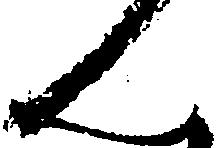
ん